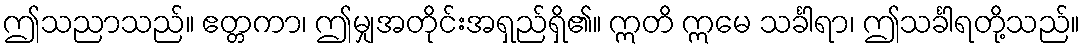
ဤသညာသည်။ ဧတ္တကာ၊ ဤမျှအတိုင်းအရှည်ရှိ၏။ ဣတိ ဣမေ သင်္ခါရာ၊ ဤသင်္ခါရတို့သည်။